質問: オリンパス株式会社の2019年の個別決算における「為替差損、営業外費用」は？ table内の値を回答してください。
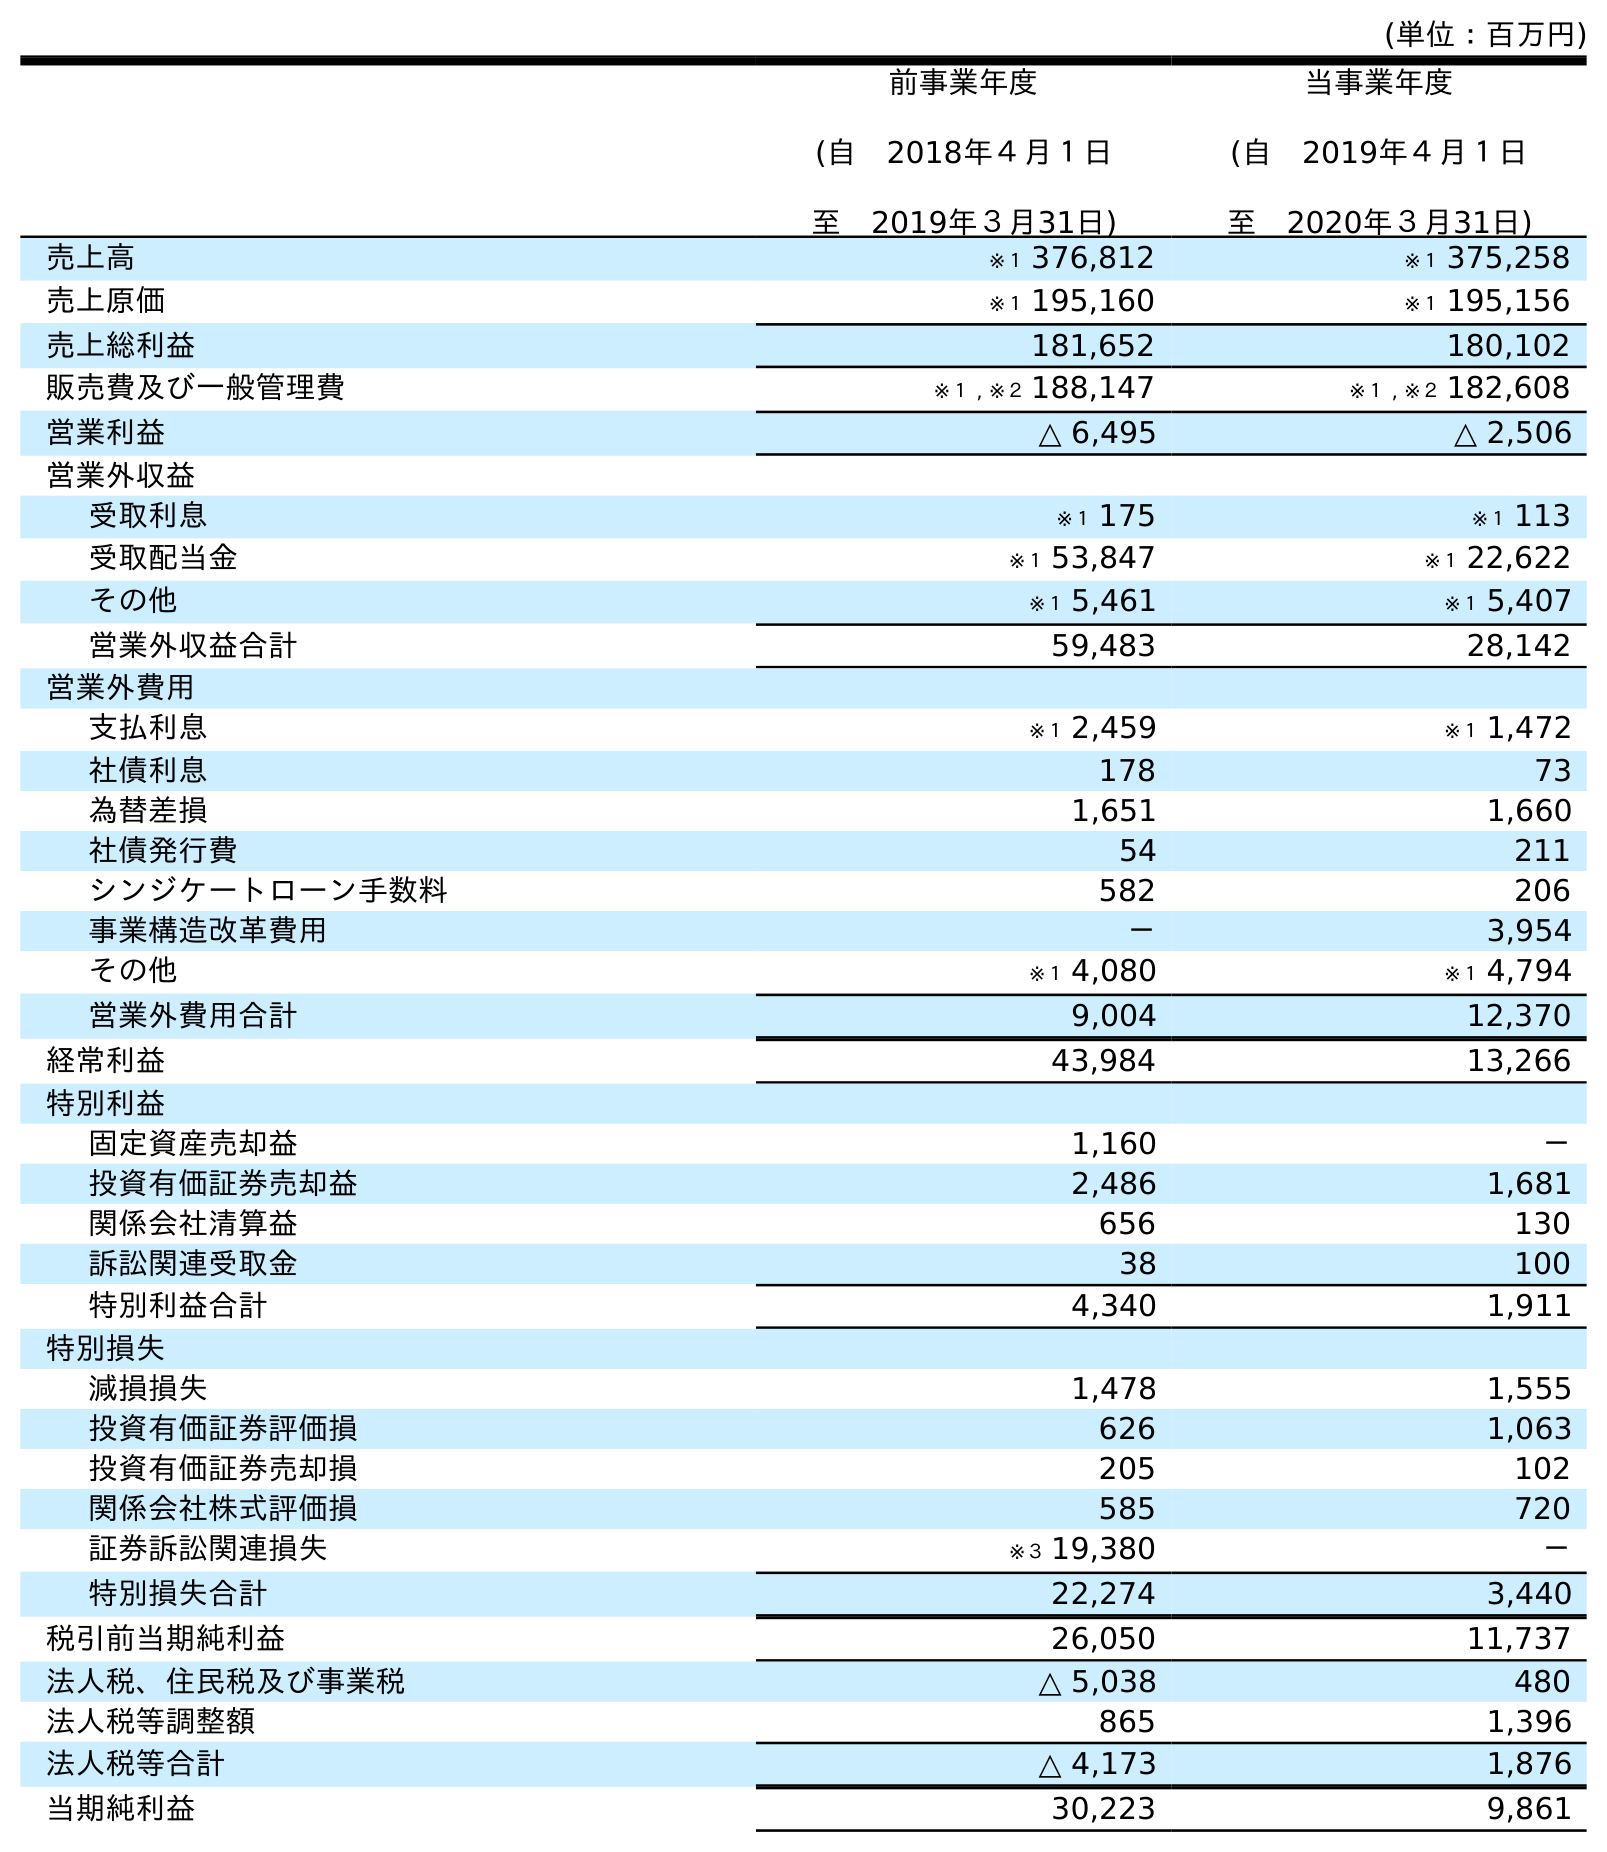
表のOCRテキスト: (単位：百万円) 前事業年度 (自 2018年４月１日 至 2019年３月31日) 当事業年度 (自 2019年４月１日 至 2020年３月31日) 売上高 ※１ 376,812 ※１ 375,258 売上原価 ※１ 195,160 ※１ 195,156 売上総利益 181,652 180,102 販売費及び一般管理費 ※１ , ※２ 188,147 ※１ , ※２ 182,608 営業利益 △ 6,495 △ 2,506 営業外収益 受取利息 ※１ 175 ※１ 113 受取配当金 ※１ 53,847 ※１ 22,622 その他 ※１ 5,461 ※１ 5,407 営業外収益合計 59,483 28,142 営業外費用 支払利息 ※１ 2,459 ※１ 1,472 社債利息 178 73 為替差損 1,651 1,660 社債発行費 54 211 シンジケートローン手数料 582 206 事業構造改革費用 － 3,954 その他 ※１ 4,080 ※１ 4,794 営業外費用合計 9,004 12,370 経常利益 43,984 13,266 特別利益 固定資産売却益 1,160 － 投資有価証券売却益 2,486 1,681 関係会社清算益 656 130 訴訟関連受取金 38 100 特別利益合計 4,340 1,911 特別損失 減損損失 1,478 1,555 投資有価証券評価損 626 1,063 投資有価証券売却損 205 102 関係会社株式評価損 585 720 証券訴訟関連損失 ※３ 19,380 － 特別損失合計 22,274 3,440 税引前当期純利益 26,050 11,737 法人税、住民税及び事業税 △ 5,038 480 法人税等調整額 865 1,396 法人税等合計 △ 4,173 1,876 当期純利益 30,223 9,861
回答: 1,651